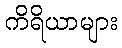
ကိရိယာများ